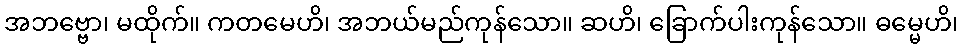
အဘဗ္ဗော၊ မထိုက်။ ကတမေဟိ၊ အဘယ်မည်ကုန်သော။ ဆဟိ၊ ခြောက်ပါးကုန်သော။ ဓမ္မေဟိ၊